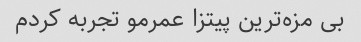
بی مزه‌ترین پیتزا عمرمو تجربه کردم